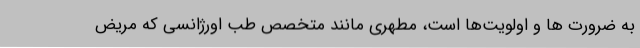
به ضرورت ها و اولویت‌ها است، مطهری مانند متخصص طب اورژانسی که مریض